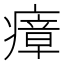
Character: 瘴